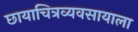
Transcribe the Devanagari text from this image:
छायाचित्रव्यवसायाला